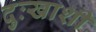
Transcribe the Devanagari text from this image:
दुःखाशी